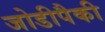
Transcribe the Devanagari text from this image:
जोडीपैकी